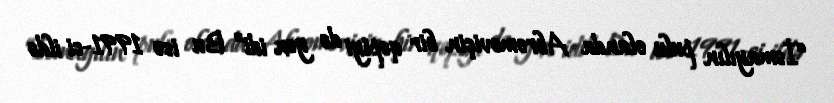
“İsmayılın pulu olanda Abromoviçin bir qəpiyi də yox idi” Bu isə 1991-ci ildə